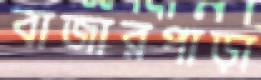
বাজারপাড়া